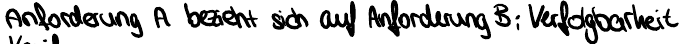
Anforderung A bezieht sich auf Anforderung B, Verfolgbarkeit